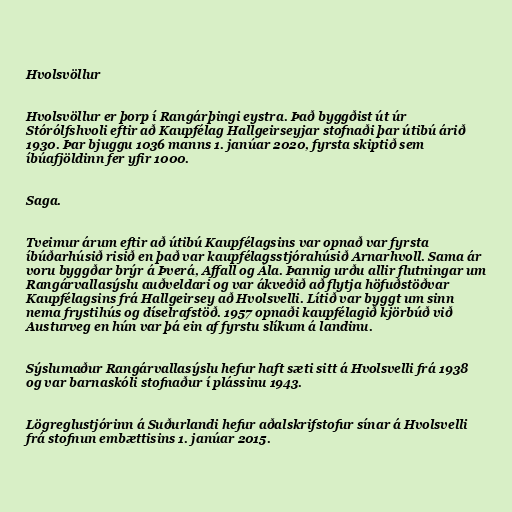
Hvolsvöllur

Hvolsvöllur er þorp í Rangárþingi eystra. Það byggðist út úr
Stórólfshvoli eftir að Kaupfélag Hallgeirseyjar stofnaði þar útibú árið
1930. Þar bjuggu 1036 manns 1. janúar 2020, fyrsta skiptið sem
íbúafjöldinn fer yfir 1000.

Saga.

Tveimur árum eftir að útibú Kaupfélagsins var opnað var fyrsta
íbúðarhúsið risið en það var kaupfélagsstjórahúsið Arnarhvoll. Sama ár
voru byggðar brýr á Þverá, Affall og Ála. Þannig urðu allir flutningar um
Rangárvallasýslu auðveldari og var ákveðið að flytja höfuðstöðvar
Kaupfélagsins frá Hallgeirsey að Hvolsvelli. Lítið var byggt um sinn
nema frystihús og díselrafstöð. 1957 opnaði kaupfélagið kjörbúð við
Austurveg en hún var þá ein af fyrstu slíkum á landinu.

Sýslumaður Rangárvallasýslu hefur haft sæti sitt á Hvolsvelli frá 1938
og var barnaskóli stofnaður í plássinu 1943.

Lögreglustjórinn á Suðurlandi hefur aðalskrifstofur sínar á Hvolsvelli
frá stofnun embættisins 1. janúar 2015.